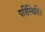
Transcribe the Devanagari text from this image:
परिस्थिति।